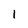
Character: l